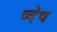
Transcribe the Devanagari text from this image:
व्देष